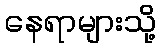
နေရာများသို့